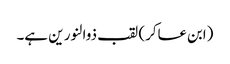
(ابن عساکر) لقب ذوالنور ین ہے۔